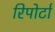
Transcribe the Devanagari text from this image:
रिपोर्टां